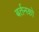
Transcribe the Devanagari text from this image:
बर्तनको